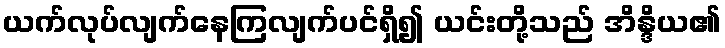
ယက်လုပ်လျက်နေကြလျက်ပင်ရှိ၍ ယင်းတို့သည် အိန္ဒိယ၏